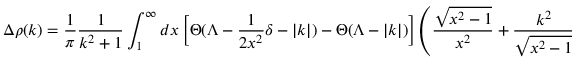
\Delta \rho ( k ) = \frac { 1 } { \pi } \frac { 1 } { k ^ { 2 } + 1 } \int _ { 1 } ^ { \infty } d x \left[ \Theta ( \Lambda - \frac { 1 } { 2 x ^ { 2 } } \delta - | k | ) - \Theta ( \Lambda - | k | ) \right] \left( \frac { \sqrt { x ^ { 2 } - 1 } } { x ^ { 2 } } + \frac { k ^ { 2 } } { \sqrt { x ^ { 2 } - 1 } } \right)